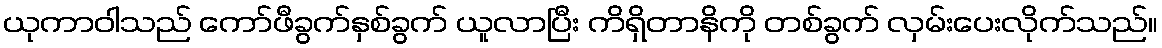
ယုကာဝါသည် ကော်ဖီခွက်နှစ်ခွက် ယူလာပြီး ကိရှိတာနိကို တစ်ခွက် လှမ်းပေးလိုက်သည်။